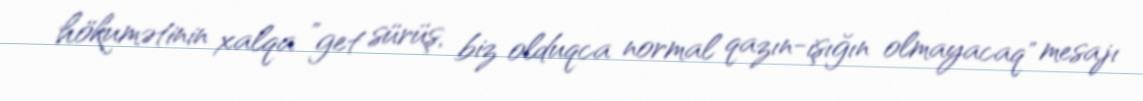
hökumətinin xalqa ”get sürüş, biz olduqca normal qazın-işığın olmayacaq" mesajı